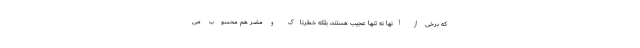
که برخی از آنها نه تنها عجیب هستند، بلکه خطرناک و مضر هم محسوب می